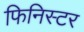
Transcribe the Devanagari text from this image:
फिनिस्टर